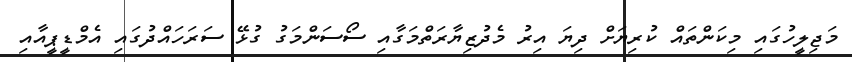
މަޖިލީހުގައި މިކަންތައް ކުރިޔަށް ދިޔަ އިރު މެދުޒިޔާރަތްމަގާއި ސޯސަންމަގު ގުޅޭ ސަރަހައްދުގައި އެމްޑީޕީއާއި